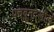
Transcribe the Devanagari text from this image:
पचवूनदेखील